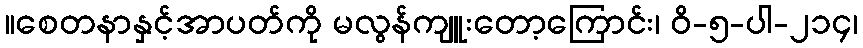
။စေတနာနှင့်အာပတ်ကို မလွန်ကျူးတော့ကြောင်း၊ ဝိ-၅-ပါ-၂၁၄၊